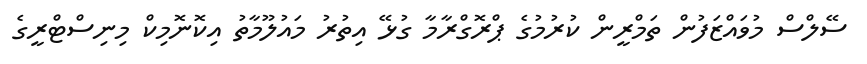
ސޭލްސް މުވައްޒަފުން ތަމްރީން ކުރުމުގެ ޕްރޮގްރާމާ ގުޅޭ އިތުރު މައުލޫމާތު އިކޮނޮމިކް މިނިސްޓްރީގެ